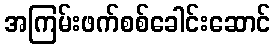
အကြမ်းဖက်စစ်ခေါင်းဆောင်